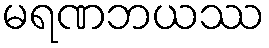
မရဏဘယဿ